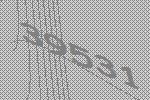
39531